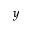
y